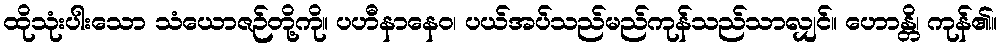
ထိုသုံးပါးသော သံယောဇဉ်တို့ကို။ ပဟီနာနေဝ၊ ပယ်အပ်သည်မည်ကုန်သည်သာလျှင်။ ဟောန္တိ၊ ကုန်၏။